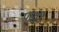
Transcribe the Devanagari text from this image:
पसरि